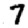
Digit: 7